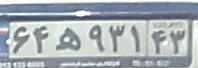
۶۴ه۹۳۱۴۳